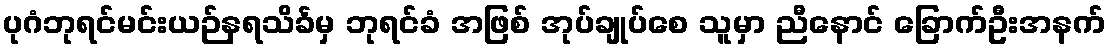
ပုဂံဘုရင်မင်းယဉ်နရသိင်္ခမှ ဘုရင်ခံ အဖြစ် အုပ်ချုပ်စေ သူမှာ ညီနောင် ခြောက်ဦးအနက်